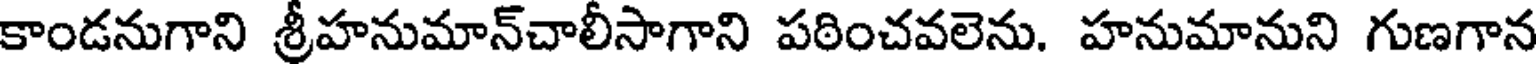
కాండనుగాని శ్రీహనుమాన్చాలీసాగాని పఠించవలెను. హనుమానుని గుణగాన